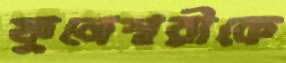
ফুলেশ্বরীকে